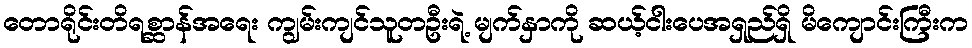
တောရိုင်းတိရစ္ဆာန်အရေး ကျွမ်းကျင်သူတဦးရဲ့ မျက်နှာကို ဆယ့်ငါးပေအရှည်ရှိ မိကျောင်းကြီးက